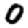
Digit: 0